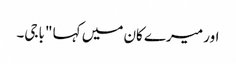
اور میرے کان میں کہا "باجی۔